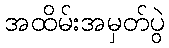
အထိမ်းအမှတ်ပွဲ